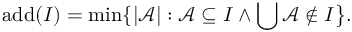
\mathrm { { a d d } } ( I ) = \operatorname* { m i n } \{ | { \mathcal { A } } | : { \mathcal { A } } \subseteq I \wedge \bigcup { \mathcal { A } } \notin I { \big \} } .